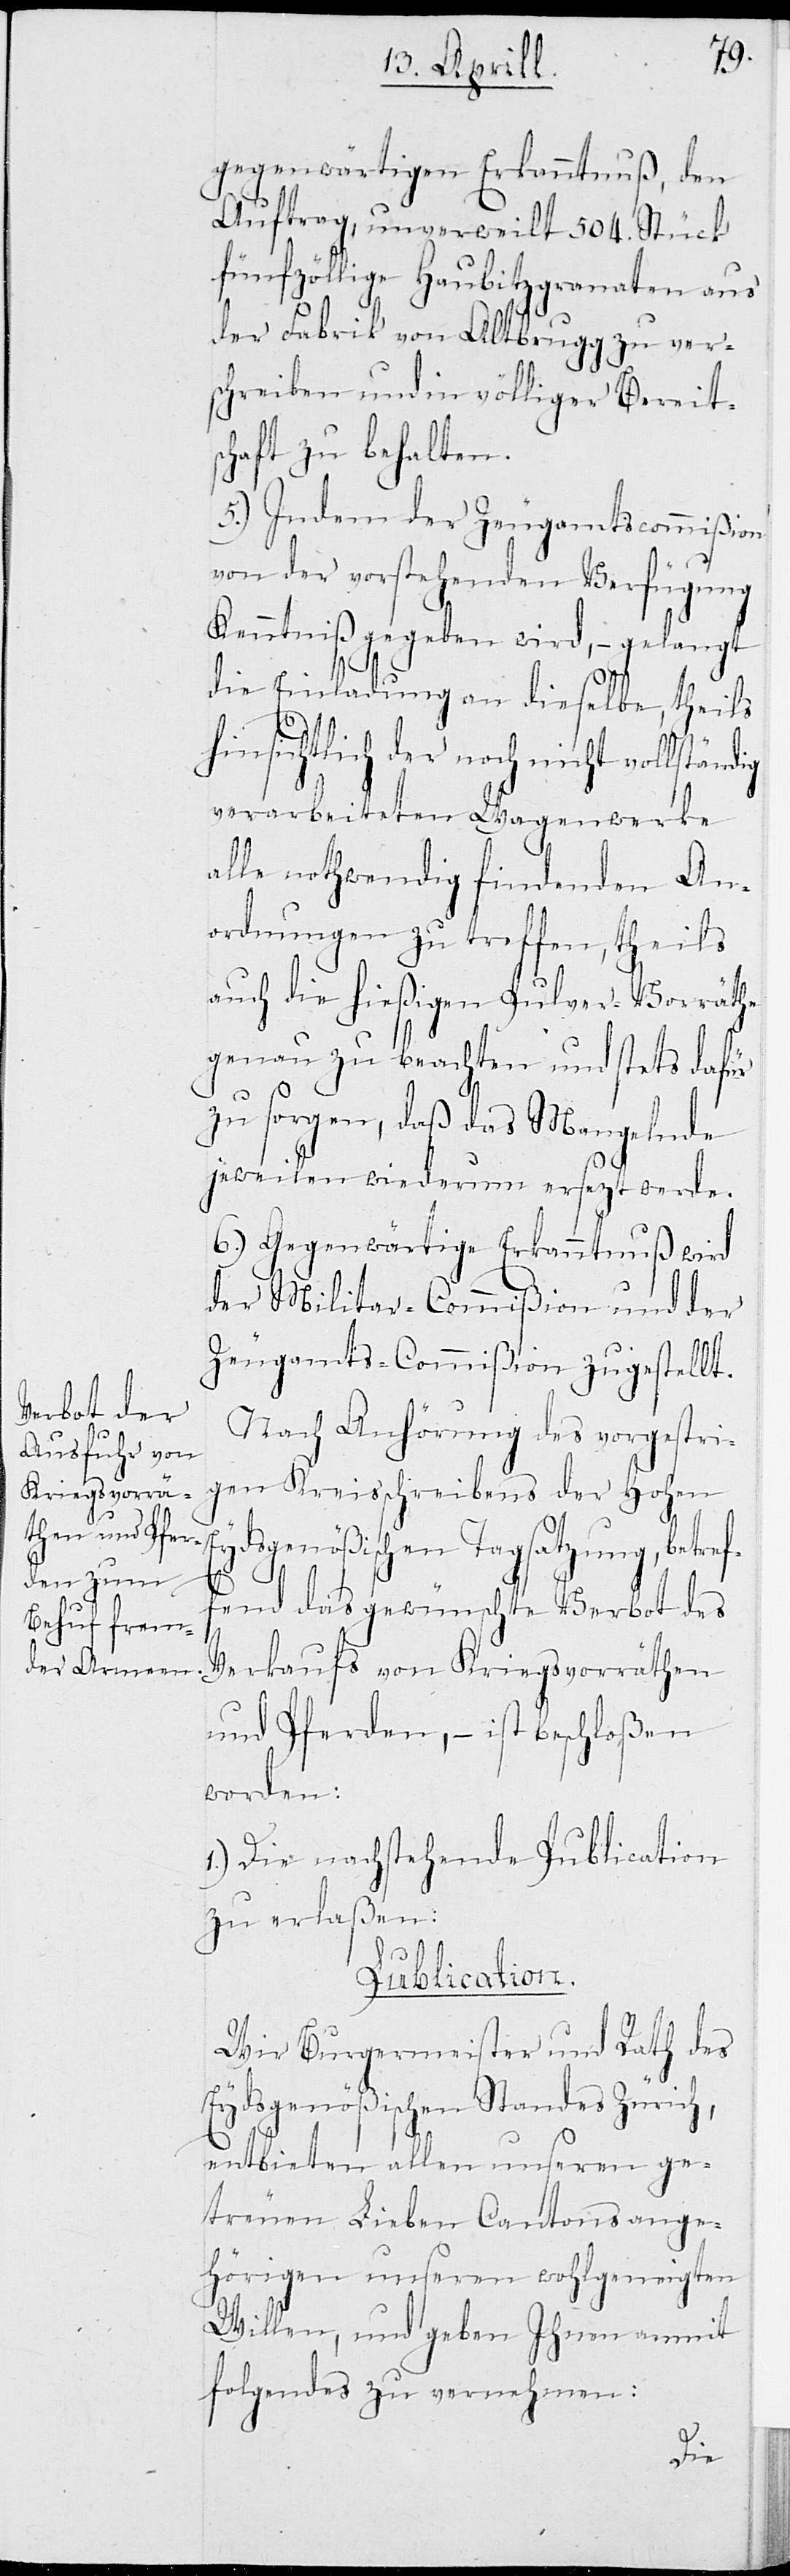
ig
gegenwärtigen Erkanntnuß, den
Auftrag, unverweilt 504. Stück
fünfzöllige Haubitzgranaten aus
der Fabrik von Altbrugg zu ver¬
schreiben und in völliger Bereits¬
chaft zu behalten.
5.) Indem der Zeugamtscommißion
von der vorstehenden Verfügung
Kenntniß gegeben wird, – gelangt
die Einladung an dieselbe, theils
hinsichtlich der noch nicht vollständ¬
verarbeiteten Wagenwerke
alle nothwendig findenden An¬
ordnungen zu treffen, theils
auch die hießigen Pulver-Vorräte
genau zu betrachten und stets dafür
zu sorgen, daß das Mangelnde
jeweilen wiederum ersetzt werde.
6.) Gegenwärtige Erkanntnuß wird
der Militar-Commißion und der
Zeugamts-Commißion zugestellt.
Nach Anhörung des vorgestri¬
gen Kreisschreibens der Hoh¬
en Eydsgenößischen Tagsatzung, betref¬
fend das gewünschte Verbot des
Verkaufs von Kriegsvorräthen
und Pferden, – ist beschloßen
worden:
1.) Die nachstehende Publication
zu erlaßen:
Publication.
Wir Burgermeister und Rath des
Eydsgenößischen Standes Zürich,
entbieten allen unseren ge¬
treüen Lieben Cantonsange¬
hörigen unseren wohlgeneigten
Willen, und geben Ihnen anmit
folgendes zu vernehmen: